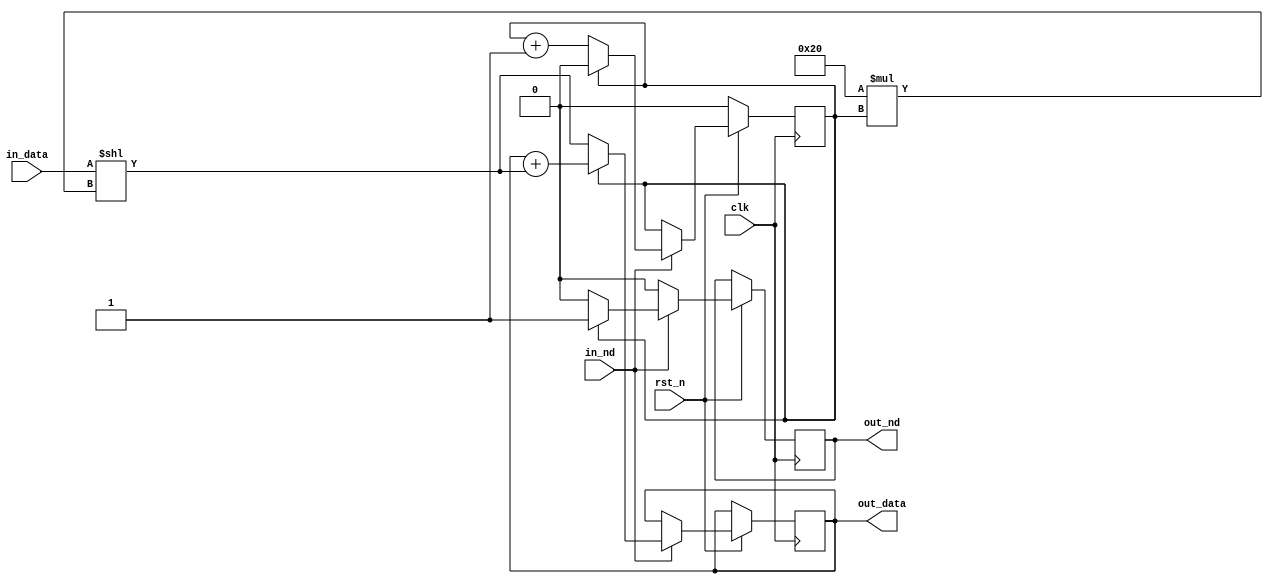
module split
  #(
    parameter N_OUT_STREAMS = 2,
    parameter LOG_N_OUT_STREAMS = 1,
    parameter WIDTH = 32
    )
   (
    input                                clk,
    input                                rst_n,
    input wire [WIDTH-1:0]               in_data,
    input wire                           in_nd,
    output reg [WIDTH*N_OUT_STREAMS-1:0] out_data,
    output reg                           out_nd
    );

   reg [LOG_N_OUT_STREAMS-1:0]           pos;
   wire [WIDTH*N_OUT_STREAMS-1:0]        shifted_data;

   assign shifted_data = in_data << WIDTH*pos;
   
   always @ (posedge clk)
     begin
        if (!rst_n)
          begin
             pos <= {LOG_N_OUT_STREAMS{1'b0}};
          end
        else
          if (in_nd)
            begin
               if (pos == N_OUT_STREAMS-1)
                 begin
                    out_data <= out_data + shifted_data;
                    pos <= 1'b0;
                    out_nd <= 1'b1;
                 end
               else if (pos == 0)
                 begin
                    out_data <= shifted_data;
                    out_nd <= 1'b0;
                    pos <= pos + 1;
                 end
               else
                 begin
                    out_data <= out_data + shifted_data;
                    out_nd <= 1'b0;
                    pos <= pos + 1;
                 end
            end
          else
            out_nd <= 1'b0;
     end
   
endmodule